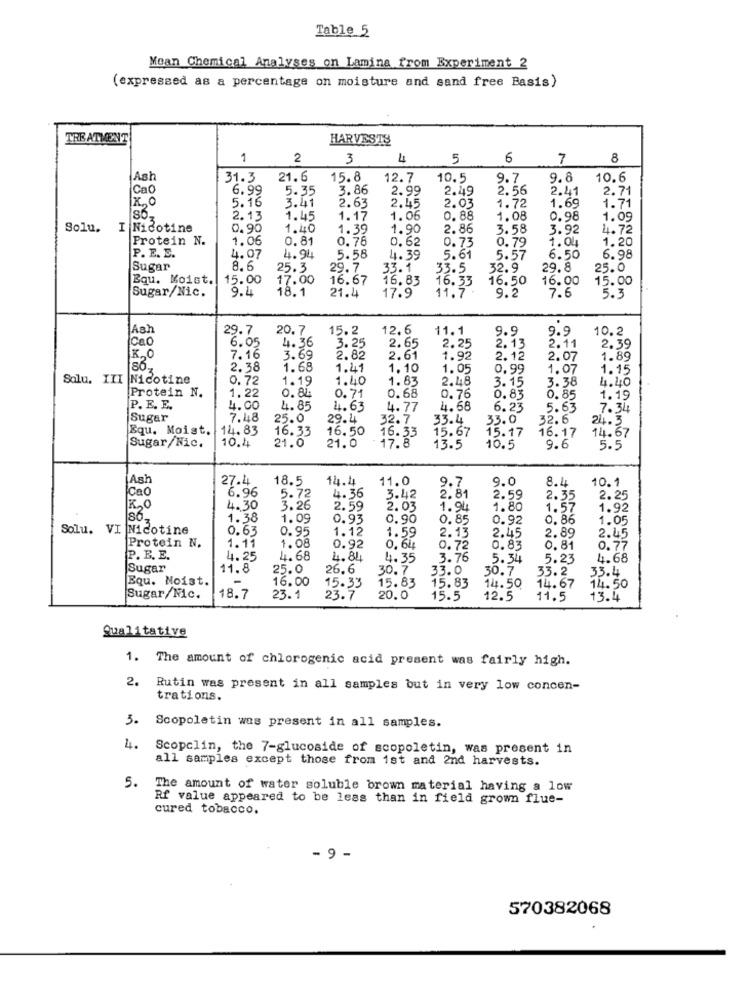
Table 5
Mean Chemical Analyses on Lamina from Experiment 2
(expressed as a percentage on moisture and sand free Basis)
TREATMENT
HARVESTS
1
2
3
4
5
6
7
8
Ast
31.3
21.6
15.8
12.7
10.5
9.7
9.8
10.6
Cao
6.99
5.35
3.86
2.99
2.49
2.56
2.41
Ixo
3.41
2.63
1.69
2.71
5.16
2.45
2. 03
1.72
1.71
2.13
1.45
1.17
1.06
0.88
1.08
0.98
1.09
Solu.
I Nicotine
0.90
1.40
1.39
1.90
2.86
3.58
3.92
4.72
Protein N.
1.06
0.81
0.76
0.62
0.73
0.79
1.04
1.20
P. E. E.
4.07
4.94
5.58
4.39
5.61
5.57
6.50
6.98
Sugar
8.6
25.3
29.7
33.1
33.5
32.9
29.8
25.0
Bqu. Moist.
15.00
17.00
16.67
16.83
16.33
16.50
16.00
15.00
9.4
18.1
21.4
11.7
Sugar/Nic.
17.9
9.2
7.6
5.3
Ash
29.7
20.7
15.2
12.6
11.1
9.9
9.9
10.2
Cao
6.05
2.25
2. 13
4.36
3.25
2.65
2.11
2.39
7.16
3.69
2.82
2.61
1.92
2.12
2.07
1.89
2.38
1.68
1.41
1.10
1.05
0.99
1.07
1.15
Solu. III Nicotine
0.72
1.19
1.40
1.83
2.48
3.15
3.38
4.40
Protein N.
1.22
0.84
0.71
0.68
0.76
0.83
0.85
1.19
P. E. E.
4.00
4.85
1.63
4.77
4.68
6.23
5.63
7.34
Sugar
7.48
25.0
29.4
32.7
33.4
33.0
32.6
24.3
Equ. Moist.
14.83
16.33
16.50
15.67
16.17
14.67
10.4
16.33
15.17
Sugar/Nic.
21.0
21.0
17.8
13.5
10.5
9.6
5.5
Ash
27.4
18.5
14.4
11.0
9.7
9.0
8.4
10.1
Cao
6.96
5.72
4.36
3.42
2.81
2.59
2.35
2.25
4.30
3.26
2.59
2.03
1.94
1.80
1.57
1.92
1.38
1.09
0.93
0.90
0.85
WWON
0.92
0. 86
1.05
Solu. VI Nicotine
0.63
0.95
1.12
1.59
2.13
2.45
2.89
2.45
Protein N.
1.11
1.08
0.92
0, 64
0.72
0.83
0.81
0.77
P. B. E.
4. 25
4.68
4.84
4.35
3.76
5.34
5.23
4.68
Sugar
11.8
25.0
26.6
30.7
33.0
30.7
33.4
Equ. Moist.
15.83
15.83
14.67
33.2
14.50
16.00
15.33
14.50
Sugar/Nic.
18.7
23.1
23.7
20.0
15.5
12.5
11,5
13.4
Qualitative
1. The amount of chlorogenic acid present was fairly high.
2.
Rutin was present in all samples but in very low concen-
trations.
3.
Scopoletin was present in all samples.
4. Scopclin, the 7-glucoside of scopoletin, was present in
all samples except those from ist and 2nd harvests.
5.
The amount of water soluble brown material having a low
Rf value appeared to be less than in field grown flue-
cured tobacco.
- 9 -
570382068